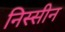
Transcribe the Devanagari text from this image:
निस्सीन